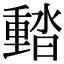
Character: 濌